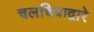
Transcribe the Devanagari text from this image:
चलचित्राद्वारे